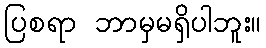
ပြစရာ ဘာမှမရှိပါဘူး။